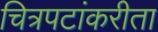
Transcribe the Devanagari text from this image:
चित्रपटांकरीता